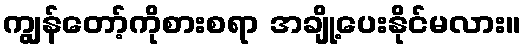
ကျွန်တော့်ကိုစားစရာ အချို့ပေးနိုင်မလား။